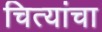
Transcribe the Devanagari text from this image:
चित्यांचा